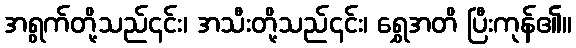
အရွက်တို့သည်၎င်း၊ အသီးတို့သည်၎င်း၊ ရွှေအတိ ပြီးကုန်၏။